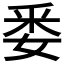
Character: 𮡎